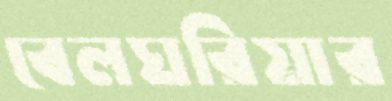
বেলঘরিয়ার